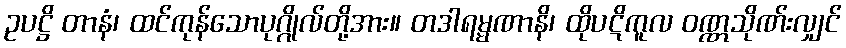
ဥပဋ္ဌိ တာနံ၊ ထင်ကုန်သောပုဂ္ဂိုလ်တို့အား။ တဒါရမ္မဏာနိ၊ ထိုပဋိကူလ ဝဏ္ဏသိုဏ်းလျှင်